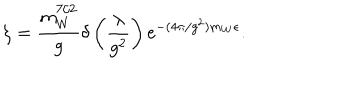
LaTeX: \zeta = \frac { m _ { W } ^ { 7 / 2 } } { g } \delta \left( \frac { \lambda } { g ^ { 2 } } \right) \mathrm { e } ^ { - ( 4 \pi / g ^ { 2 } ) m _ { W } \epsilon } .